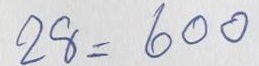
28 = 600